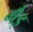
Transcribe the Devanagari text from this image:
मैइ